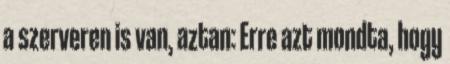
a szerveren is van, aztan: Erre azt mondta, hogy